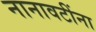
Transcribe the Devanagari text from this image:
नानावटींना